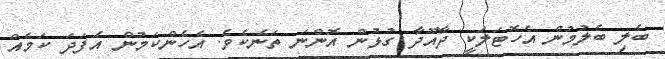
ބެލި ބެލުމުން އެހޮޓަލަކީ ދާއޫދާ ގުޅުން އޮންނަ ތަނެކެވެ. އެހެންކަމުން އެފަދަ ކަމެއް